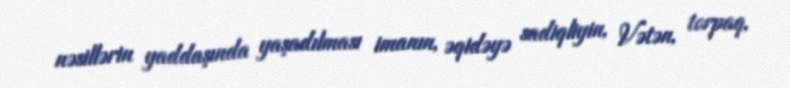
nəsillərin yaddaşında yaşadılması imanın, əqidəyə sadiqliyin, Vətən, torpaq,